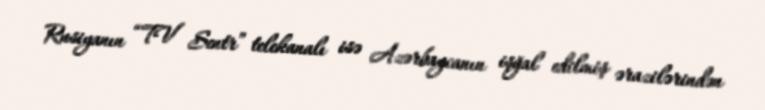
Rusiyanın “TV Sentr” telekanalı isə Azərbaycanın işğal edilmiş ərazilərindən